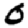
Digit: 0